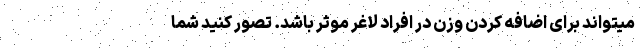
میتواند برای اضافه کردن وزن در افراد لاغر موثر باشد. تصور کنید شما